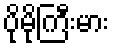
ပိုမိုကြီးမား